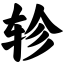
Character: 轸